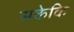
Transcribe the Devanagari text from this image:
सकेकि